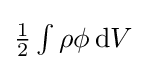
{\textstyle {\frac {1}{2}}\int \rho \phi \,\mathrm {d} V}